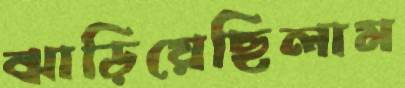
ঝাড়িয়েছিলাম